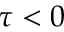
\tau < 0